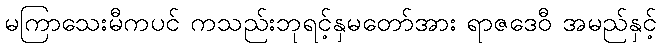
မကြာသေးမီကပင် ကသည်းဘုရင့်နှမတော်အား ရာဇဒေဝီ အမည်နှင့်